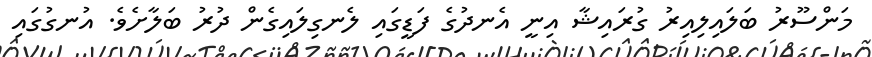
މަންސޫރު ބަލައިލިއިރު ގުރައިޝާ އިނީ އެނދުގެ ފަޑީގައި ލެނގިލައިގެން ދުރު ބަލާށެވެ. އުނގުގައި